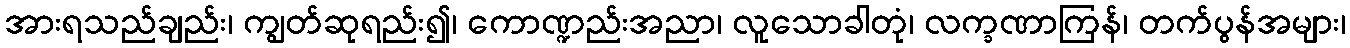
အားရသည်ချည်း၊ ကျွတ်ဆုရည်း၍၊ ကောဏ္ဍည်းအညာ၊ လူသောခါတုံ၊ လက္ခဏာကြန်၊ တက်ပွန်အများ၊